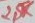
Text: 2,5K